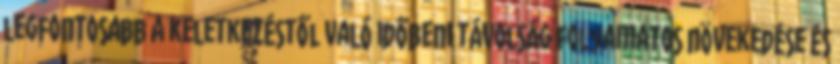
legfontosabb a keletkezéstől való időbeni távolság folyamatos növekedése és